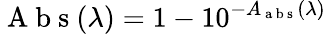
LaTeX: \mathrm{~A~b~s~}(\lambda)=1-10^{-A_{\mathrm{~a~b~s~}}(\lambda)}